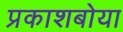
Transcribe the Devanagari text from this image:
प्रकाशबोया